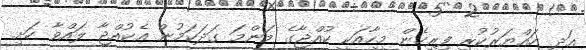
އަދި ހައްޔަރުކުރި ފިރިހެން މީހާއަކީ ކުއްޖާގެ މަންމަ ގަދަކަމުން އެކުއްޖާ ލައްވާ ހަށި